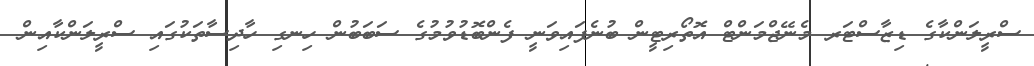
ސްރީލަންކާގެ ޑިޒާސްޓަރ މެނޭޖްމަންޓް އޮތޯރިޓީން ބުނެފައިވަނީ ފެންބޮޑުވުމުގެ ސަބަބުން ހިނގި ހާދިސާތަކުގައި ސްރީލަންކާއިން